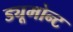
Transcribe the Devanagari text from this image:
ड्यूमोन्ट